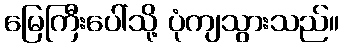
မြေကြီးပေါ်သို့ ပုံကျသွားသည်။